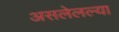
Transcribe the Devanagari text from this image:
असलेलल्या